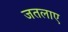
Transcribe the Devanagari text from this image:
जतलाए